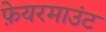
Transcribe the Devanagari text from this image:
फ़ेयरमाउंट